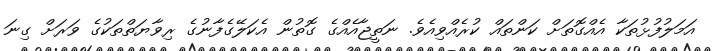
އަމަލުފުޅުތަކާ އެއްގޮތަށް ކަންތައް ކުރެއްވިއެވެ. ނަތީޖާއެއްގެ ގޮތުން އެކަލޭގެފާނުގެ ރިވާޔަތްތަކުގެ ވަރަށް ގިނަ